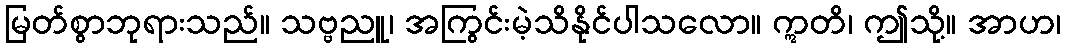
မြတ်စွာဘုရားသည်။ သဗ္ဗညူ၊ အကြွင်းမဲ့သိနိုင်ပါသလော။ ဣတိ၊ ဤသို့။ အာဟ၊